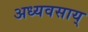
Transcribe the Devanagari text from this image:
अध्यवसाय्